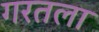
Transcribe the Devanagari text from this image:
गरतला